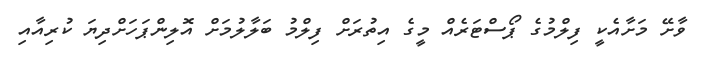
ވާށޭ މަށާއެކީ ފިލްމުގެ ޕޯސްޓަރެއް މީގެ އިތުރަށް ފިލްމު ބަލާލުމަށް އޮލިންޕަހަށްދިޔަ ކުރިއާއި